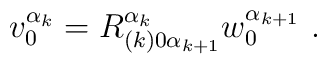
v^{\alpha_k}_0=R^{\alpha_{k}}_{(k)0\alpha_{k+1}}w^{\alpha_{k+1}}_0\ .